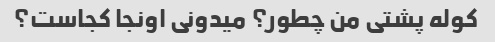
کوله پشتی من چطور؟ میدونی اونجا کجاست؟